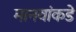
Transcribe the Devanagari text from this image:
मानवांकडे